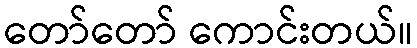
တော်တော် ကောင်းတယ်။